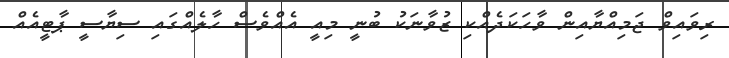
ރިވައިވް ޖަމިއްޔާއިން ވާހަކަދެއްކި ޒުވާނަކު ބުނީ މިއީ އެއްވެސް ހާލެއްގައި ސިޔާސީ ޕާޓީއެއް